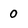
Character: 0